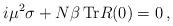
LaTeX: \begin{align*}i\mu^2\sigma + N\beta\, {\rm Tr}R(0) = 0\,,\end{align*}